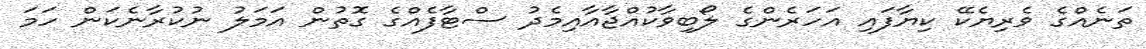
ތަނެއްގެ ވެރިޔެކޭ ކިޔާފައި އަހަރެންގެ ލޯބިވާކުއްޖާއާއިމެދު ސްޓާފެއްގެ ގޮތުން އަމަލު ނުކުރާނެކަން ހަމަ